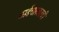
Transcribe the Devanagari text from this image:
कार्डधारकाची